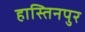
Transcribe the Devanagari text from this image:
हास्तिनपुर